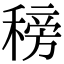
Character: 䅭